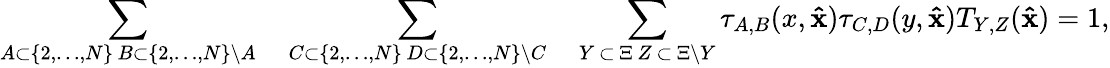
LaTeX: \sum_{\substack{A\subset\{ 2,\dots,N\} \, B\subset\{ 2,\dots,N\} \backslash A}}\quad\sum_{\substack{C\subset\{ 2,\dots,N\} \, D\subset\{ 2,\dots,N\} \backslash C}}\quad\sum_{\substack{Y\, \subset\, \Xi\, Z\, \subset\, \Xi\backslash Y}}\tau_{A,B}(x,\mathbf{\hat{x}})\tau_{C,D}(y,\mathbf{\hat{x}})T_{Y,Z}(\mathbf{\hat{x}})=1,